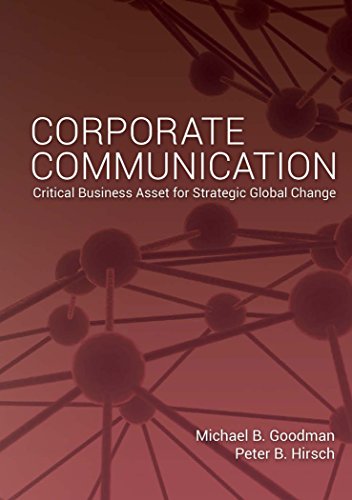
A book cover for Corporate Communication: Critical Business Asset for Strategic Global Change; Michael B. Goodman; Business & Money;